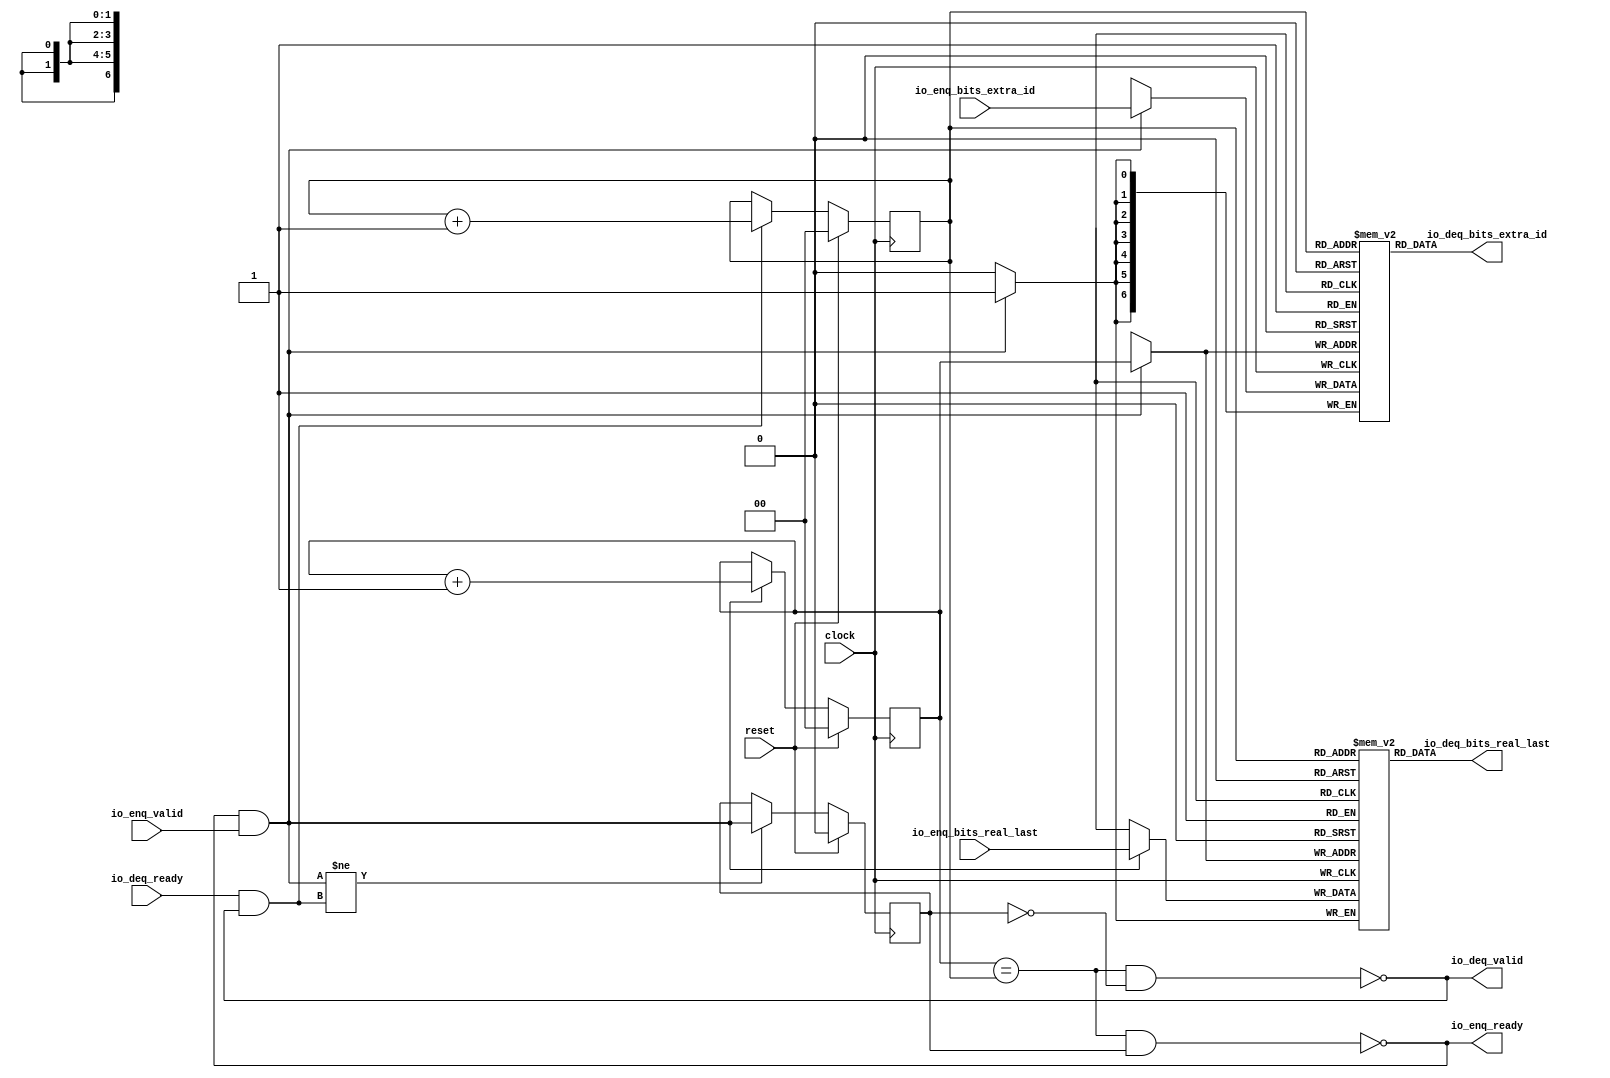
module QueueCompatibility_10(
  input        clock,
  input        reset,
  output       io_enq_ready,
  input        io_enq_valid,
  input  [6:0] io_enq_bits_extra_id,
  input        io_enq_bits_real_last,
  input        io_deq_ready,
  output       io_deq_valid,
  output [6:0] io_deq_bits_extra_id,
  output       io_deq_bits_real_last
);
`ifdef RANDOMIZE_MEM_INIT
  reg [31:0] _RAND_0;
  reg [31:0] _RAND_1;
`endif // RANDOMIZE_MEM_INIT
`ifdef RANDOMIZE_REG_INIT
  reg [31:0] _RAND_2;
  reg [31:0] _RAND_3;
  reg [31:0] _RAND_4;
`endif // RANDOMIZE_REG_INIT
  reg [6:0] ram_extra_id [0:3]; // @[Decoupled.scala 218:16]
  wire [6:0] ram_extra_id_io_deq_bits_MPORT_data; // @[Decoupled.scala 218:16]
  wire [1:0] ram_extra_id_io_deq_bits_MPORT_addr; // @[Decoupled.scala 218:16]
  wire [6:0] ram_extra_id_MPORT_data; // @[Decoupled.scala 218:16]
  wire [1:0] ram_extra_id_MPORT_addr; // @[Decoupled.scala 218:16]
  wire  ram_extra_id_MPORT_mask; // @[Decoupled.scala 218:16]
  wire  ram_extra_id_MPORT_en; // @[Decoupled.scala 218:16]
  reg  ram_real_last [0:3]; // @[Decoupled.scala 218:16]
  wire  ram_real_last_io_deq_bits_MPORT_data; // @[Decoupled.scala 218:16]
  wire [1:0] ram_real_last_io_deq_bits_MPORT_addr; // @[Decoupled.scala 218:16]
  wire  ram_real_last_MPORT_data; // @[Decoupled.scala 218:16]
  wire [1:0] ram_real_last_MPORT_addr; // @[Decoupled.scala 218:16]
  wire  ram_real_last_MPORT_mask; // @[Decoupled.scala 218:16]
  wire  ram_real_last_MPORT_en; // @[Decoupled.scala 218:16]
  reg [1:0] enq_ptr_value; // @[Counter.scala 60:40]
  reg [1:0] deq_ptr_value; // @[Counter.scala 60:40]
  reg  maybe_full; // @[Decoupled.scala 221:27]
  wire  ptr_match = enq_ptr_value == deq_ptr_value; // @[Decoupled.scala 223:33]
  wire  empty = ptr_match & (~maybe_full); // @[Decoupled.scala 224:25]
  wire  full = ptr_match & maybe_full; // @[Decoupled.scala 225:24]
  wire  do_enq = io_enq_ready & io_enq_valid; // @[Decoupled.scala 40:37]
  wire  do_deq = io_deq_ready & io_deq_valid; // @[Decoupled.scala 40:37]
  wire [1:0] _enq_ptr_value_T_1 = enq_ptr_value + 2'h1; // @[Counter.scala 76:24]
  wire [1:0] _deq_ptr_value_T_1 = deq_ptr_value + 2'h1; // @[Counter.scala 76:24]
  wire  _T = do_enq != do_deq; // @[Decoupled.scala 236:16]
  assign ram_extra_id_io_deq_bits_MPORT_addr = deq_ptr_value;
  assign ram_extra_id_io_deq_bits_MPORT_data = ram_extra_id[ram_extra_id_io_deq_bits_MPORT_addr]; // @[Decoupled.scala 218:16]
  assign ram_extra_id_MPORT_data = io_enq_bits_extra_id;
  assign ram_extra_id_MPORT_addr = enq_ptr_value;
  assign ram_extra_id_MPORT_mask = 1'h1;
  assign ram_extra_id_MPORT_en = io_enq_ready & io_enq_valid;
  assign ram_real_last_io_deq_bits_MPORT_addr = deq_ptr_value;
  assign ram_real_last_io_deq_bits_MPORT_data = ram_real_last[ram_real_last_io_deq_bits_MPORT_addr]; // @[Decoupled.scala 218:16]
  assign ram_real_last_MPORT_data = io_enq_bits_real_last;
  assign ram_real_last_MPORT_addr = enq_ptr_value;
  assign ram_real_last_MPORT_mask = 1'h1;
  assign ram_real_last_MPORT_en = io_enq_ready & io_enq_valid;
  assign io_enq_ready = ~full; // @[Decoupled.scala 241:19]
  assign io_deq_valid = ~empty; // @[Decoupled.scala 240:19]
  assign io_deq_bits_extra_id = ram_extra_id_io_deq_bits_MPORT_data; // @[Decoupled.scala 242:15]
  assign io_deq_bits_real_last = ram_real_last_io_deq_bits_MPORT_data; // @[Decoupled.scala 242:15]
  always @(posedge clock) begin
    if(ram_extra_id_MPORT_en & ram_extra_id_MPORT_mask) begin
      ram_extra_id[ram_extra_id_MPORT_addr] <= ram_extra_id_MPORT_data; // @[Decoupled.scala 218:16]
    end
    if(ram_real_last_MPORT_en & ram_real_last_MPORT_mask) begin
      ram_real_last[ram_real_last_MPORT_addr] <= ram_real_last_MPORT_data; // @[Decoupled.scala 218:16]
    end
    if (reset) begin // @[Counter.scala 60:40]
      enq_ptr_value <= 2'h0; // @[Counter.scala 60:40]
    end else if (do_enq) begin // @[Decoupled.scala 229:17]
      enq_ptr_value <= _enq_ptr_value_T_1; // @[Counter.scala 76:15]
    end
    if (reset) begin // @[Counter.scala 60:40]
      deq_ptr_value <= 2'h0; // @[Counter.scala 60:40]
    end else if (do_deq) begin // @[Decoupled.scala 233:17]
      deq_ptr_value <= _deq_ptr_value_T_1; // @[Counter.scala 76:15]
    end
    if (reset) begin // @[Decoupled.scala 221:27]
      maybe_full <= 1'h0; // @[Decoupled.scala 221:27]
    end else if (_T) begin // @[Decoupled.scala 236:28]
      maybe_full <= do_enq; // @[Decoupled.scala 237:16]
    end
  end
// Register and memory initialization
`ifdef RANDOMIZE_GARBAGE_ASSIGN
`define RANDOMIZE
`endif
`ifdef RANDOMIZE_INVALID_ASSIGN
`define RANDOMIZE
`endif
`ifdef RANDOMIZE_REG_INIT
`define RANDOMIZE
`endif
`ifdef RANDOMIZE_MEM_INIT
`define RANDOMIZE
`endif
`ifndef RANDOM
`define RANDOM $random
`endif
`ifdef RANDOMIZE_MEM_INIT
  integer initvar;
`endif
`ifndef SYNTHESIS
`ifdef FIRRTL_BEFORE_INITIAL
`FIRRTL_BEFORE_INITIAL
`endif
initial begin
  `ifdef RANDOMIZE
    `ifdef INIT_RANDOM
      `INIT_RANDOM
    `endif
    `ifndef VERILATOR
      `ifdef RANDOMIZE_DELAY
        #`RANDOMIZE_DELAY begin end
      `else
        #0.002 begin end
      `endif
    `endif
`ifdef RANDOMIZE_MEM_INIT
  _RAND_0 = {1{`RANDOM}};
  for (initvar = 0; initvar < 4; initvar = initvar+1)
    ram_extra_id[initvar] = _RAND_0[6:0];
  _RAND_1 = {1{`RANDOM}};
  for (initvar = 0; initvar < 4; initvar = initvar+1)
    ram_real_last[initvar] = _RAND_1[0:0];
`endif // RANDOMIZE_MEM_INIT
`ifdef RANDOMIZE_REG_INIT
  _RAND_2 = {1{`RANDOM}};
  enq_ptr_value = _RAND_2[1:0];
  _RAND_3 = {1{`RANDOM}};
  deq_ptr_value = _RAND_3[1:0];
  _RAND_4 = {1{`RANDOM}};
  maybe_full = _RAND_4[0:0];
`endif // RANDOMIZE_REG_INIT
  `endif // RANDOMIZE
end // initial
`ifdef FIRRTL_AFTER_INITIAL
`FIRRTL_AFTER_INITIAL
`endif
`endif // SYNTHESIS
endmodule